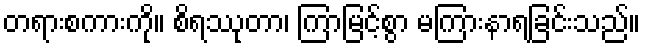
တရားစကားကို။ စိရဿုတာ၊ ကြာမြင့်စွာ မကြားနာရခြင်းသည်။